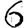
Digit: 6